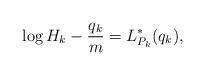
LaTeX: \begin{align*}\log H_{k}-\frac{q_{k}}{m}= L_{P_{k}}^{\ast}(q_{k}),\end{align*}